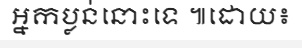
អ្នកប្លន់នោះទេ ៕ដោយ៖